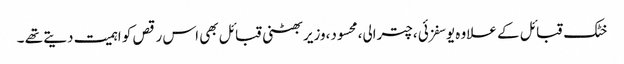
خٹک قبائل کے علاوہ یوسفزئی ،چترالی،محسود،وزیر بھٹنی قبائل بھی اس رقص کو اہمیت دیتے تھے ۔